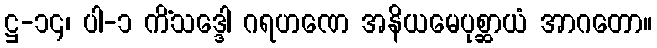
ဋ္ဌ-၁၄၊ ပါ-၁ ကိံသဒ္ဒေါ ဂရဟဏေ အနိယမေပုစ္ဆာယံ အာဂတော။